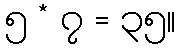
၅ * ၇ = ၃၅။